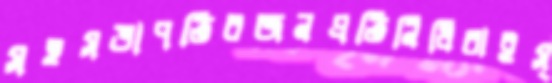
সহসভাপতিরজনপ্রতিনিধিরাইস্